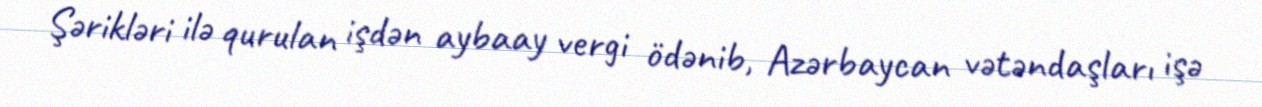
Şərikləri ilə qurulan işdən aybaay vergi ödənib, Azərbaycan vətəndaşları işə